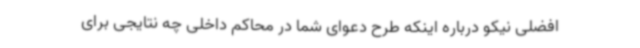
افضلی نیکو درباره اینکه طرح دعوای شما در محاکم داخلی چه نتایجی برای